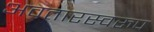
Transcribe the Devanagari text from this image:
अवतारस्वरुप